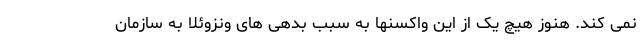
نمی کند. هنوز هیچ یک از این واکسنها به سبب بدهی های ونزوئلا به سازمان